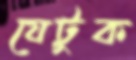
যেটুক